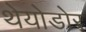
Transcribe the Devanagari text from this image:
थेयोडोर